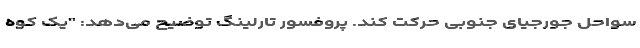
سواحل جورجیای جنوبی حرکت کند. پروفسور تارلینگ توضیح می‌دهد: "یک کوه